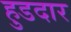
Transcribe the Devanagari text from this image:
हुडदार